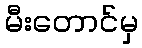
မီးတောင်မှ